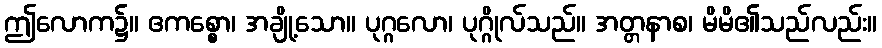
ဤလောက၌။ ဧကစ္စော၊ အချို့သော။ ပုဂ္ဂလော၊ ပုဂ္ဂိုလ်သည်။ အတ္တနာစ၊ မိမိ၏သည်လည်း။